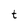
Character: t